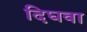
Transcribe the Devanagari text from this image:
दिघवा